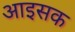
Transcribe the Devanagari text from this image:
आइसक